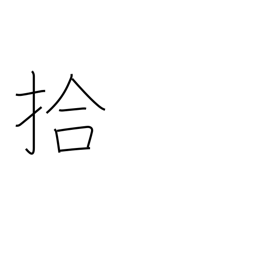
Meaning: ten